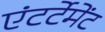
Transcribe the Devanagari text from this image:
एंटर्टेमेंट